Lunatic asylums in Bengal annual reports 1912-1924 - 1912-1924
Year: 1912
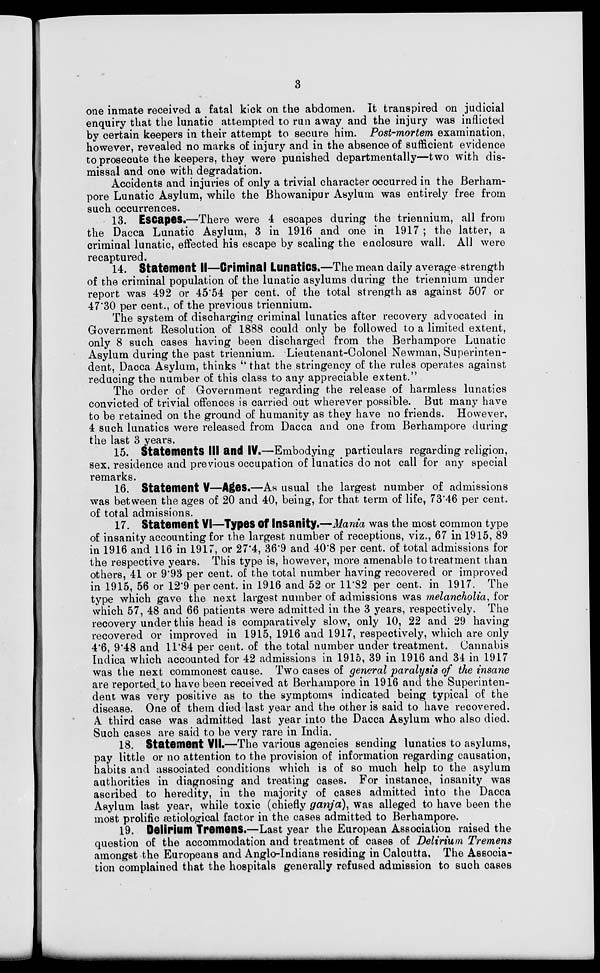
3
one inmate received a fatal kick on the abdomen. It transpired on judicial
enquiry that the lunatic attempted to run away and the injury was inflicted
by certain keepers in their attempt to secure him. Post-mortem examination,
however, revealed no marks of injury and in the absence of sufficient evidence
to prosecute the keepers, they were punished departmentally—two with dis-
missal and one with degradation.
Accidents and injuries of only a trivial character occurred in the Berham-
pore Lunatic Asylum, while the Bhowanipur Asylum was entirely free from
such occurrences.
13. Escapes.—There were 4 escapes during the triennium, all from
the Dacca Lunatic Asylum, 3 in 1916 and one in 1917 ; the latter, a
criminal lunatic, effected his escape by scaling the enclosure wall. All were
recaptured.
14. Statement II—Criminal Lunatics.—The mean daily average strength
of the criminal population of the lunatic asylums during the triennium under
report was 492 or 45.54 per cent. of the total strength as against 507 or
47.30 per cent., of the previous triennium.
The system of discharging criminal lunatics after recovery advocated in
Government Resolution of 1888 could only be followed to a limited extent,
only 8 such cases having been discharged from the Berhampore Lunatic
Asylum during the past triennium. Lieutenant-Colonel Newman, Superinten-
dent, Dacca Asylum, thinks "that the stringency of the rules operates against
reducing the number of this class to any appreciable extent."
The order of Government regarding the release of harmless lunatics
convicted of trivial offences is carried out wherever possible. But many have
to be retained on the ground of humanity as they have no friends. However,
4 such lunatics were released from Dacca and one from Berhampore during
the last 3 years.
15. Statements III and IV.—Embodying particulars regarding religion,
sex, residence and previous occupation of lunatics do not call for any special
remarks.
16. Statement V—Ages.—As usual the largest number of admissions
was between the ages of 20 and 40, being, for that term of life, 73.46 per cent.
of total admissions.
17. Statement VI—Types of Insanity.—Mania was the most common type
of insanity accounting for the largest number of receptions, viz., 67 in 1915, 89
in 1916 and 116 in 1917, or 27.4, 36.9 and 40.8 per cent. of total admissions for
the respective years. This type is, however, more amenable to treatment than
others, 41 or 9.93 per cent. of the total number having recovered or improved
in 1915, 56 or 12.9 per cent. in 1916 and 52 or 11.82 per cent. in 1917. The
type which gave the next largest number of admissions was melancholia, for
which 57, 48 and 66 patients were admitted in the 3 years, respectively. The
recovery under this head is comparatively slow, only 10, 22 and 29 having
recovered or improved in 1915, 1916 and 1917, respectively, which are only
4.6, 9.48 and 11.84 per cent. of the total number under treatment. Cannabis
Indica which accounted for 42 admissions in 1915, 39 in 1916 and 34 in 1917
was the next commonest cause. Two cases of general paralysis of the insane
are reported to have been received at Berhampore in 1916 and the Superinten-
dent was very positive as to the symptoms indicated being typical of the
disease. One of them died last year and the other is said to have recovered.
A third case was admitted last year into the Dacca Asylum who also died.
Such cases are said to be very rare in India.
18. Statement VII.—The various agencies sending lunatics to asylums,
pay little or no attention to the provision of information regarding causation,
habits and associated conditions which is of so much help to the asylum
authorities in diagnosing and treating cases. For instance, insanity was
ascribed to heredity, in the majority of cases admitted into the Dacca
Asylum last year, while toxic (chiefly ganja), was alleged to have been the
most prolific ætiological factor in the cases admitted to Berhampore.
19. Delirium Tremens.—Last year the European Association raised the
question of the accommodation and treatment of cases of Delirium Tremens
amongst the Europeans and Anglo-Indians residing in Calcutta. The Associa-
tion complained that the hospitals generally refused admission to such cases